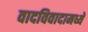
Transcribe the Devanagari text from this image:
वादविवादामध्ये